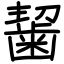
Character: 𪘂